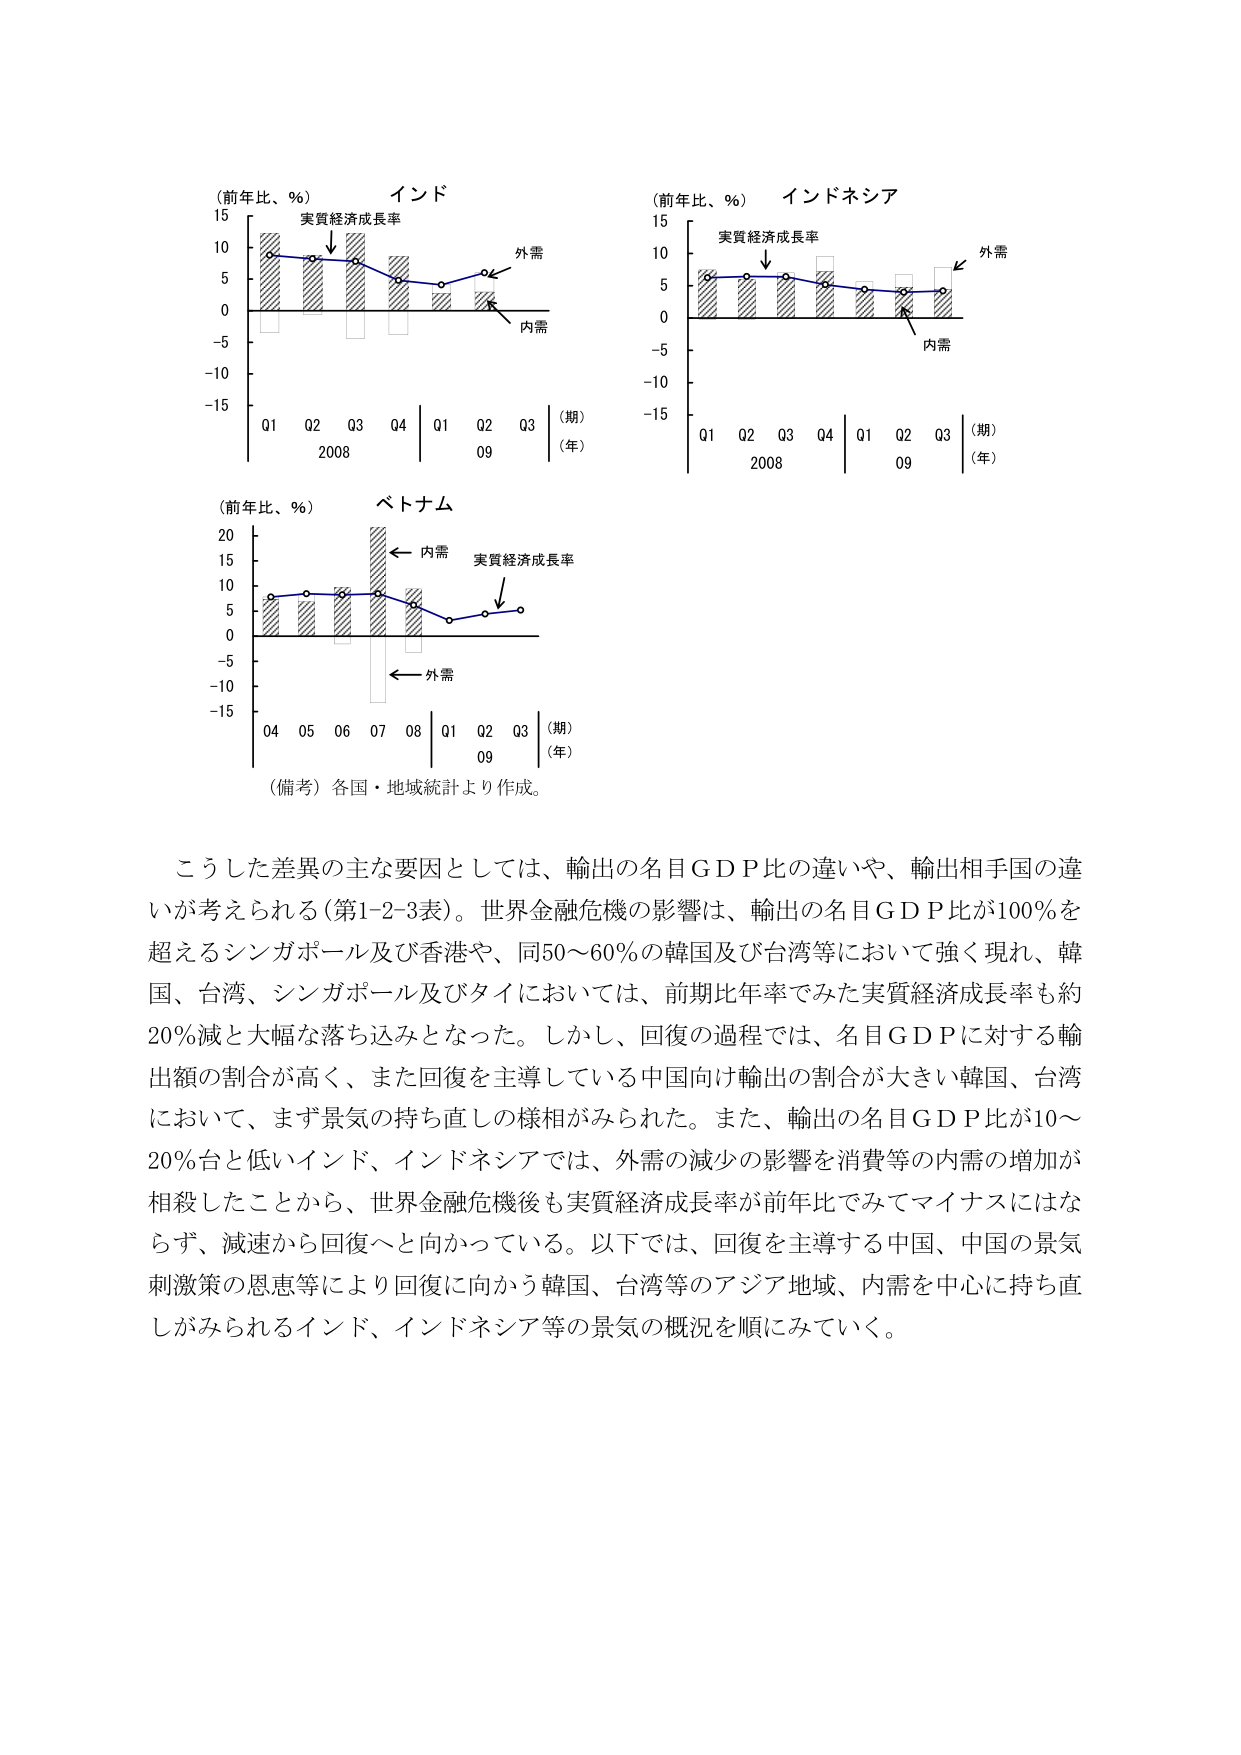
（前年比、％） インド
15
10
5
0
-5
-10
-15
Q1 Q2 Q3 Q4 | Q1 Q2 Q3
2008 09
（期）
（年）
実質経済成長率
外需
内需

（前年比、％） インドネシア
15
10
5
0
-5
-10
-15
Q1 Q2 Q3 Q4 | Q1 Q2 Q3
2008 09
（期）
（年）
実質経済成長率
外需
内需

（前年比、％） ベトナム
20
15
10
5
0
-5
-10
-15
04 05 06 07 08 | Q1 Q2 Q3
09
（期）
（年）
内需
実質経済成長率
外需

（備考）各国・地域統計より作成。

こうした差異の主な要因としては、輸出の名目ＧＤＰ比の違いや、輸出相手国の違いが考えられる（第1-2-3表）。世界金融危機の影響は、輸出の名目ＧＤＰ比が100％を超えるシンガポール及び香港や、同50～60％の韓国及び台湾等において強く現れ、韓国、台湾、シンガポール及びタイにおいては、前期比年率でみた実質経済成長率も約20％減と大幅な落ち込みとなった。しかし、回復の過程では、名目ＧＤＰに対する輸出額の割合が高く、また回復を主導している中国向け輸出の割合が大きい韓国、台湾において、まず景気の持ち直しの様相がみられた。また、輸出の名目ＧＤＰ比が10～20％台と低いインド、インドネシアでは、外需の減少の影響を消費等の内需の増加が相殺したことから、世界金融危機後も実質経済成長率が前年比でみてマイナスにはならず、減速から回復へと向かっている。以下では、回復を主導する中国、中国の景気刺激策の恩恵等により回復に向かう韓国、台湾等のアジア地域、内需を中心に持ち直しがみられるインド、インドネシア等の景気の概況を順にみていく。